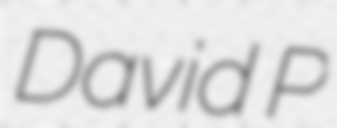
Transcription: David P